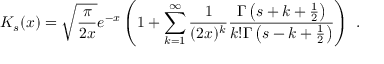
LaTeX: K _ { s } ( x ) = \sqrt { \frac { \pi } { 2 x } } e ^ { - x } \left( 1 + \sum _ { k = 1 } ^ { \infty } \frac { 1 } { ( 2 x ) ^ { k } } \frac { \Gamma \left( s + k + \frac { 1 } { 2 } \right) } { k ! \Gamma \left( s - k + \frac { 1 } { 2 } \right) } \right) \ .